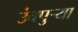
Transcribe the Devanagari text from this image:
उंचपुर्‍या